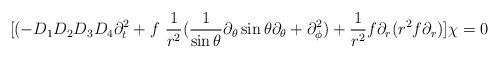
LaTeX: \begin{align*}[(-D_1 D_2 D_3 D_4 \partial_t^2 + f~{1\over r^2}({1\over\sin\theta}\partial_\theta \sin\theta \partial_\theta+\partial_\phi^2)+{1\over r^2}f\partial_r (r^2 f\partial_r ) ]\chi =0\end{align*}